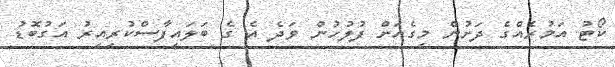
ކޯޓު އަމުރެއްގެ ދަށުން މިގެއަށް ފުލުހުން ވަދެ އެ ގެ ބަލައިފާސްކުރިއިރު އަގުބޮޑު